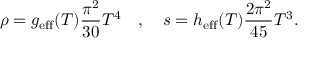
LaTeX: \rho = g _ { \mathrm { { e f f } } } ( T ) \frac { \pi ^ { 2 } } { 3 0 } T ^ { 4 } \quad , \quad s = h _ { \mathrm { e f f } } ( T ) \frac { 2 \pi ^ { 2 } } { 4 5 } T ^ { 3 } .